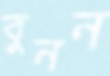
বুনন